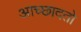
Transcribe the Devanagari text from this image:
आच्छादतो